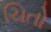
ચિતો